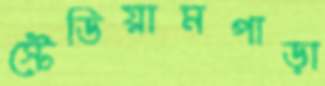
স্টেডিয়ামপাড়া